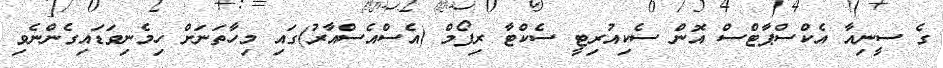
ގެ ސީނިއާ އެކްސްޕާޓްސް އޮން ސެކިއުރިޓީ ސެކްޓާ ރިފޯމް (އެސްއެސްއާރު)ގައި މިހާތަނަށް ހިމެނިވަޑައިގެންނެވި